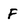
Character: F